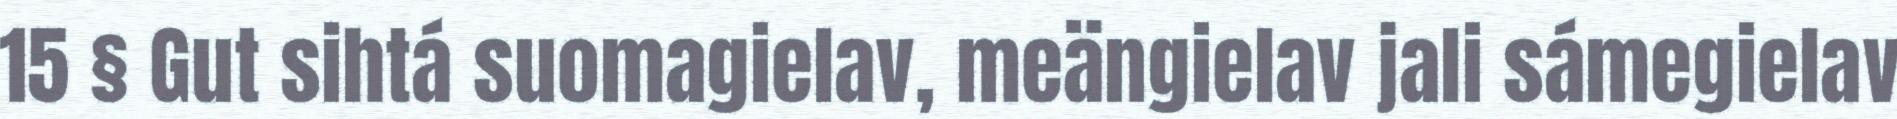
15 § Gut sihtá suomagielav, meängielav jali sámegielav